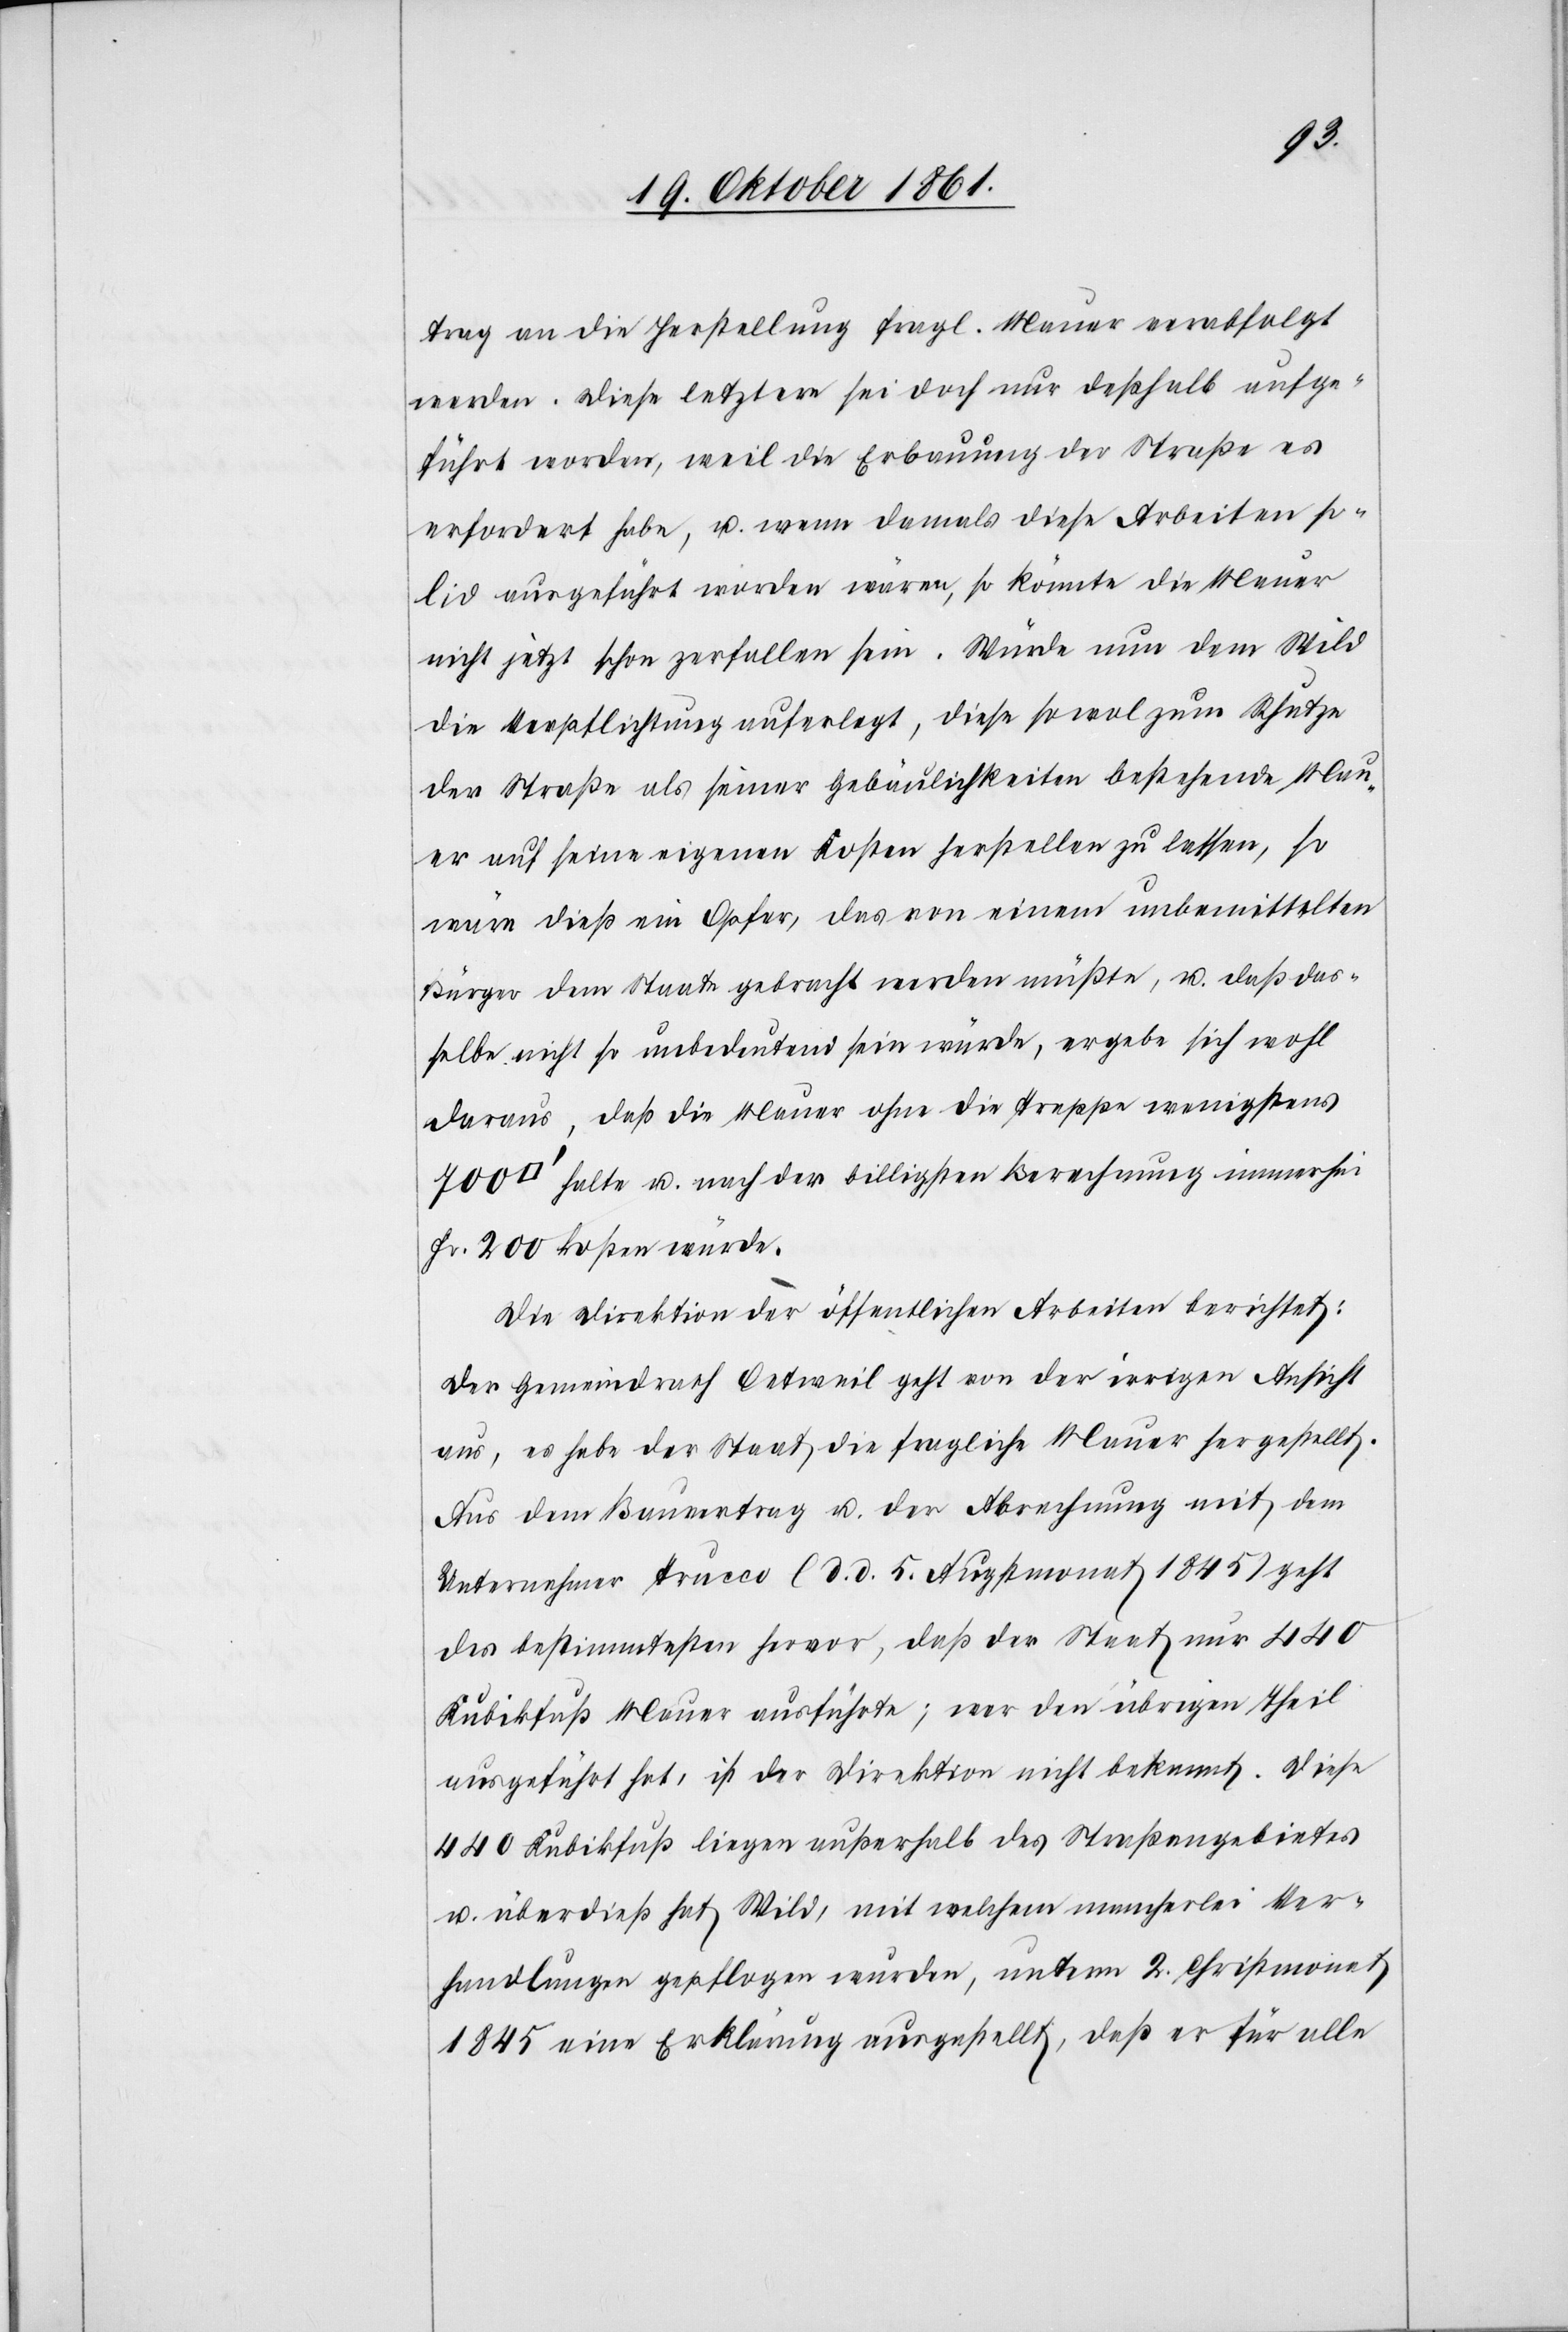
trag an die Herstellung fragl. Mauer verabfolgt
werden. Diese letztere sei doch nur deßhalb aufge¬
führt worden, weil die Erbauung der Straße es
erfordert habe, u. wenn damals diese Arbeiten so¬
lid ausgeführt worden wären, so könnte die Mauer
nicht jetzt schon zerfallen sein. Würde nun dem Wild
die Verpflichtung auferlegt, diese sowol zum Schutze
der Straße als seiner Gebäulichkeiten bestehende Mau¬
er auf seine eigenen Kosten herstellen zu lassen, so
wäre dieß ein Opfer, das von einem unbemittelten
Bürger dem Staate gebracht werden müßte, u. daß das¬
selbe nicht so unbedeutend sein würde, ergebe sich wohl
daraus, daß die Mauer ohne die Treppe wenigstens
halte u. nach der billigsten Berechnung immerhin
Fr. 200 kosten würde.
Die Direktion der öffentlichen Arbeiten berichtet:
Der Gemeindrath Oetweil geht von der irrigen Ansicht
aus, es habe der Staat die fragliche Mauer hergestellt.
Aus dem Bauvertrag u. der Abrechnung mit dem
Unternehmer Trueco (d. d. 5 Augstmonat 1845) geht
des bestimmtesten hervor, daß der Staat nur 440
Kubikfuß Mauer ausführte; wer den übrigen Theil
ausgeführt hat, ist der Direktion nicht bekannt. Diese
440 Kubikfuß liegen außerhalb des Straßengebietes
u. überdieß hat Wild, mit welchem mancherlei Ver¬
handlungen gepflogen wurden, unterm 2 Christmonat
1845 eine Erklärung ausgestellt, daß er für alle